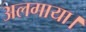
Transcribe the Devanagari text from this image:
अलगाया।